Code of medical and sanitary regulations for the guidance of medical officers serving in the Madras Presidency - Volume I
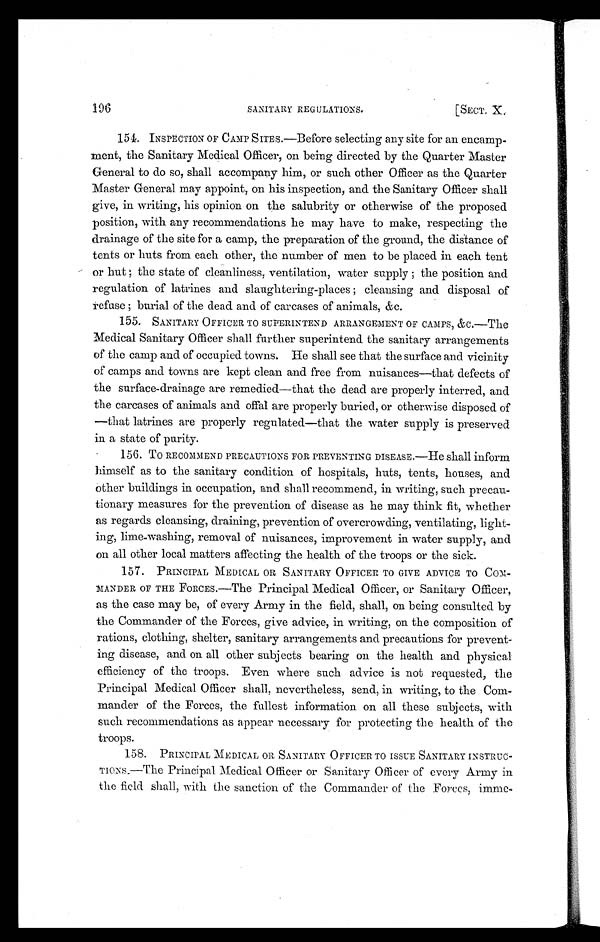
196
SANITARY REGULATIONS.
[SECT. X.
154. INSPECTION OF CAMP SITES.—Before selecting any site for an encamp-
ment, the Sanitary Medical Officer, on being directed by the Quarter Master
General to do so, shall accompany him, or such other Officer as the Quarter
Master General may appoint, on his inspection, and the Sanitary Officer shall
give, in writing, his opinion on the salubrity or otherwise of the proposed
position, with any recommendations he may have to make, respecting the
drainage of the site for a camp, the preparation of the ground, the distance of
tents or huts from each other, the number of men to be placed in each tent
or hut ; the state of cleanliness, ventilation, water supply ; the position and
regulation of latrines and slaughtering-places ; cleansing and disposal of
refuse ; burial of the dead and of carcases of animals, &c.
155. SANITARY OFFICER TO SUPERINTEND ARRANGEMENT OF CAMPS, &c.—The
Medical Sanitary Officer shall further superintend the sanitary arrangements
of the camp and of occupied towns. He shall see that the surface and vicinity
of camps and towns are kept clean and free from nuisances—that defects of
the surface-drainage are remedied—that the dead are properly interred, and
the carcases of animals and offal are properly buried, or otherwise disposed of
—that latrines are properly regulated—that the water supply is preserved
in a state of purity.
156. TO RECOMMEND PRECAUTIONS FOR PREVENTING DISEASE.—He shall inform
himself as to the sanitary condition of hospitals, huts, tents, houses, and
other buildings in occupation, and shall recommend, in writing, such precau-
tionary measures for the prevention of disease as he may think fit, whether
as regards cleansing, draining, prevention of overcrowding, ventilating, light-
ing, lime-washing, removal of nuisances, improvement in water supply, and
on all other local matters affecting the health of the troops or the sick.
157. PRINCIPAL MEDICAL OR SANITARY OFFICER TO GIVE ADVICE TO COM-
M A N D E R O F T H E
F O R C E S . — T h e P r i n c i p a l M e d i c a l O f f i c e r , o r S a n i t a r y O f f i c e r ,
as the case may be, of every Army in the field, shall, on being consulted by
the Commander of the Forces, give advice, in writing, on the composition of
rations, clothing, shelter, sanitary arrangements and precautions for prevent-
ing disease, and on all other subjects bearing on the health and physical
efficiency of the troops. Even where such advice is not requested, the
Principal Medical Officer shall, nevertheless, send, in writing, to the Com-
mander of the Forces, the fullest information on all these subjects, with
such recommendations as appear necessary for protecting the health of the
troops.
158. PRINCIPAL MEDICAL OR SANITARY OFFICER TO ISSUE SANITARY INSTRUC-
TIONS .—The Principal Medical Officer or Sanitary Officer of every Army in
the field shall, with the sanction of the Commander of the Forces, imme-